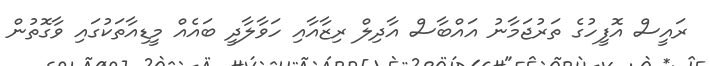
ރައީސް އޮފީހުގެ ތަރުޖަމާނު އައްބާސް އާދިލް ރިޒާއާއި ހަވާލާދީ ބައެއް މީޑިއާތަކުގައި ވާގޮތުން